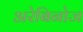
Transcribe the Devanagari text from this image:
अरेबिनोज